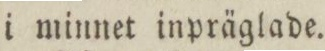
i minnet inpräglade.